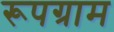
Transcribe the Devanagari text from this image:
रूपग्राम